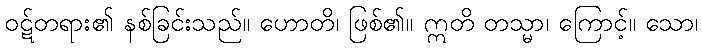
ဝဋ်တရား၏ နစ်ခြင်းသည်။ ဟောတိ၊ ဖြစ်၏။ ဣတိ တသ္မာ၊ ကြောင့်။ သော၊